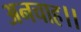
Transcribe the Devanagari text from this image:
अनचाह।।